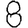
Digit: 8